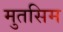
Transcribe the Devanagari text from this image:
मुतसिम